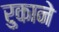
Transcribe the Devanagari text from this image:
रुकाने